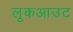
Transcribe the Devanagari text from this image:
लूकआउट